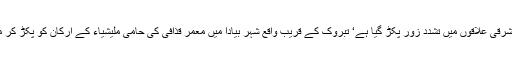
ذرائع ابلاغ کے مطابق لیبیا کے مشرقی علاقوں میں تشدد زور پکڑ گیا ہے‘ تبروک کے قریب واقع شہر بیادا میں معمر قذافی کی حامی ملیشیاء کے ارکان کو پکڑ کر مار دینے کا عمل شروع ہوگیا ہے۔